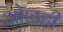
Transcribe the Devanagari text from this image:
ओळही